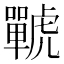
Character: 𧈍